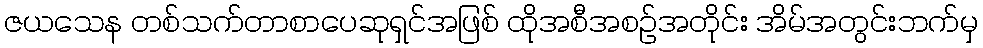
ဇယသေန တစ်သက်တာစာပေဆုရှင်အဖြစ် ထိုအစီအစဉ်အတိုင်း အိမ်အတွင်းဘက်မှ